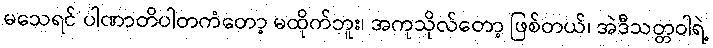
မသေရင် ပါဏာတိပါတကံတော့ မထိုက်ဘူး၊ အကုသိုလ်တော့ ဖြစ်တယ်၊ အဲဒီသတ္တဝါရဲ့